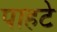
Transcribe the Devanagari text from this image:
पाहटे